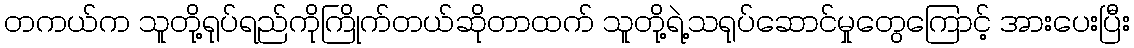
တကယ်က သူတို့ရုပ်ရည်ကိုကြိုက်တယ်ဆိုတာထက် သူတို့ရဲ့သရုပ်ဆောင်မှုတွေကြောင့် အားပေးပြီး